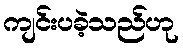
ကျင်းပခဲ့သည်ဟု